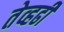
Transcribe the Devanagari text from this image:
तेव्हढी